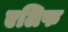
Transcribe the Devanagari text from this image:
एलिफ